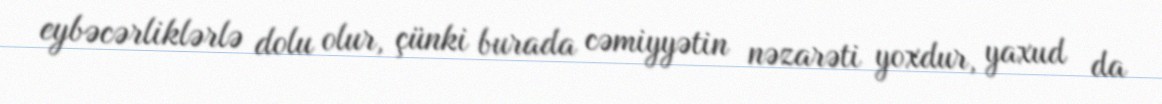
eybəcərliklərlə dolu olur, çünki burada cəmiyyətin nəzarəti yoxdur, yaxud da